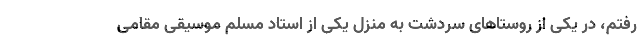
رفتم، در یکی از روستاهای سردشت به منزل یکی از استاد مسلم موسیقی مقامی